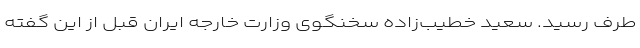
طرف رسید. سعید خطیب‌زاده سخنگوی وزارت خارجه ایران قبل از این گفته